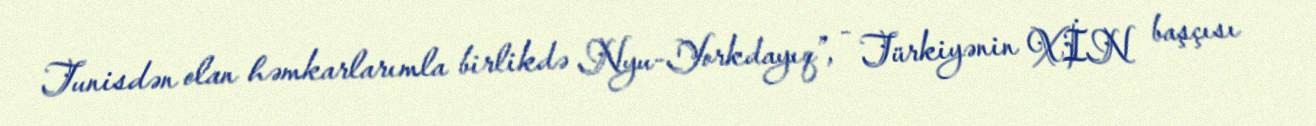
Tunisdən olan həmkarlarımla birlikdə Nyu-Yorkdayıq”, - Türkiyənin XİN başçısı